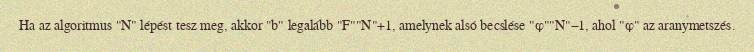
Ha az algoritmus "N" lépést tesz meg, akkor "b" legalább "F""N"+1, amelynek alsó becslése "φ""N"−1, ahol "φ" az aranymetszés.